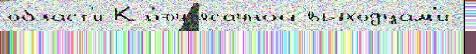
о́бласт'и Кл'юч ясачной вы́ходцам'и